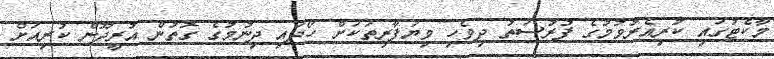
މާކެޓުގައި ކުރިއެރުވުމުގެ ފުރުސަތު ދިވެހި ވިޔަފާރިތަކަށް ހޯދައި ދިނުމުގެ ގޮތުން އުރީދޫން ކުރިއަށް